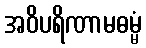
အဝိပရိဏာမဓမ္မံ